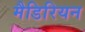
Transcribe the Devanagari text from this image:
मैडिरियन